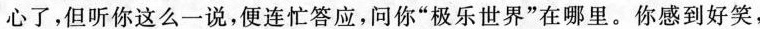
心了,但听你这么一说,便连忙答应,问你“极乐世界”在哪里。你感到好笑,